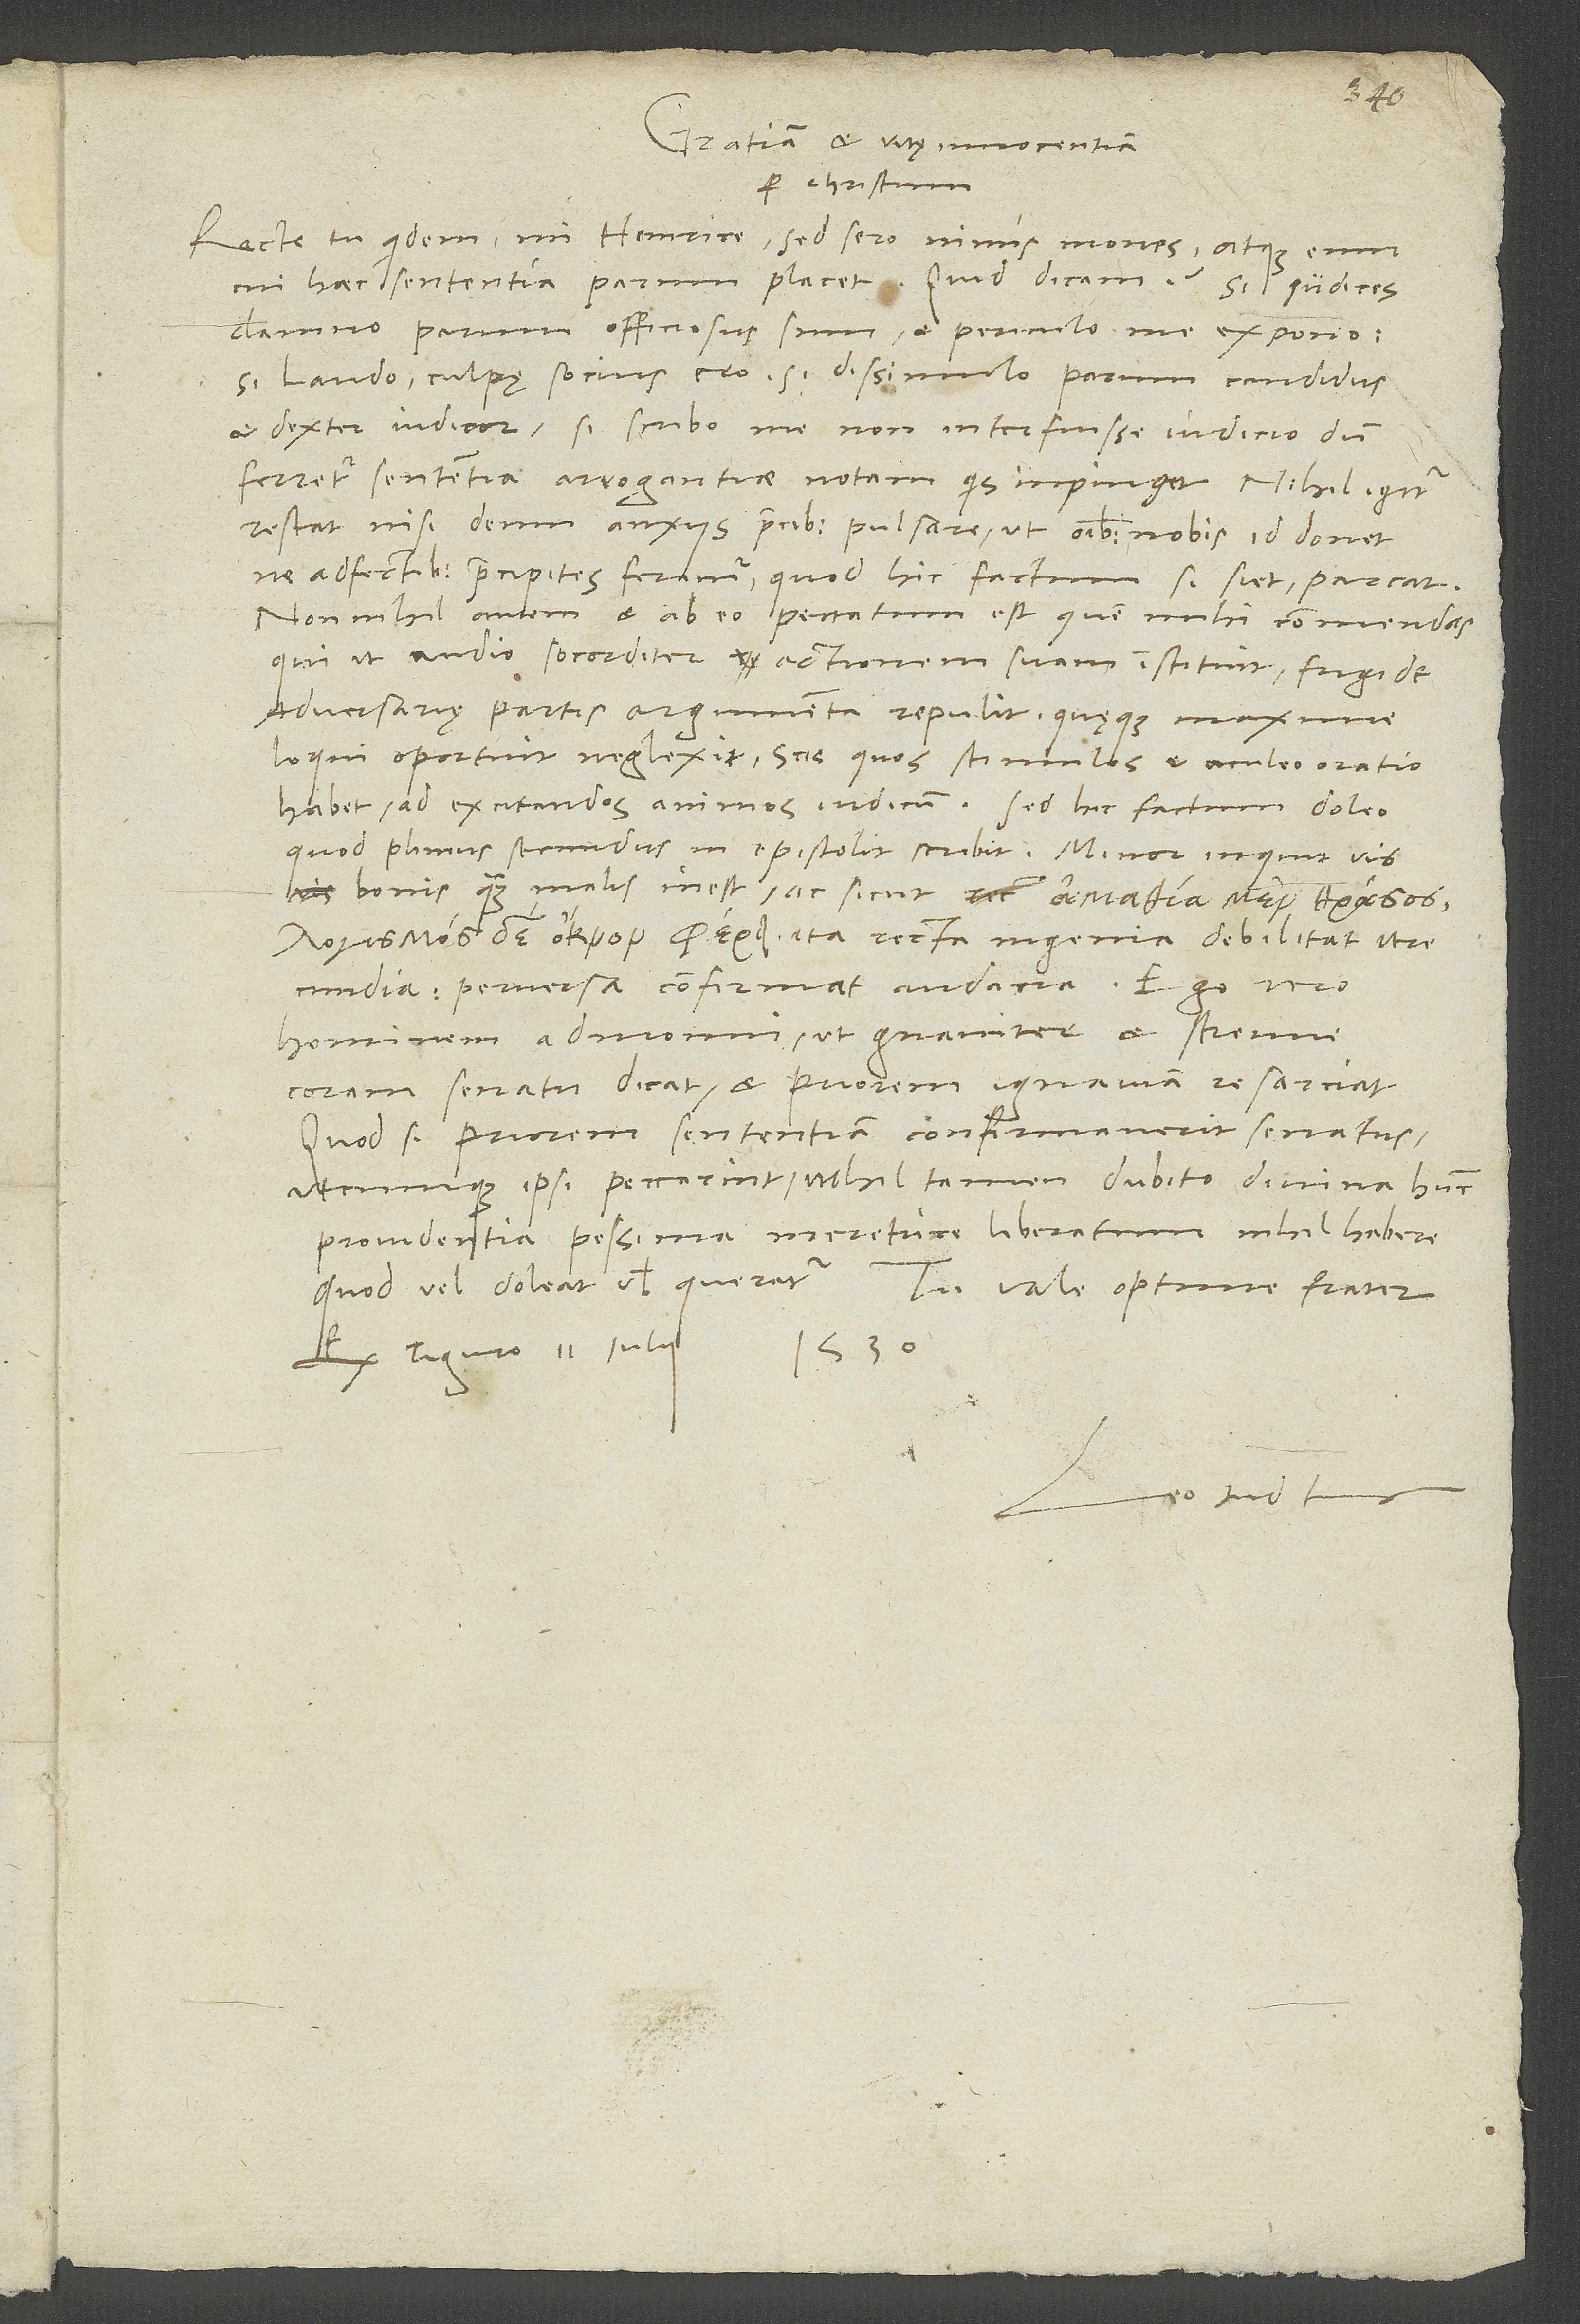
Gratiam et vitę innocentiam
per Christum.
Recte tu quidem, mi Heinrice, sed sero nimis mones atque eum,
cui haec sententia parum placet. Quid dicam? Si iudices
damno, parum officiosus sum et periculo me expono,
si laudo, culpę socius ero, si dissimulo, parum candidus
dexter iudicor, si scribo me non interfuisse iudicio, dum
ferretur sententia, arrogantiae notam quis inpinget. Nihil igitur
restat nisi deum anxiis precibus pulsare, ut omnibus nobis id donet,
adfectibus praecipites feramur, quod hic factum si siet, parcat.
Non nihil autem et ab eo peccatum est, quem mihi commendas,
adversarie partis argumenta repulit, quęque maxime
loqui oportuit, neglexit. Scis, quos stimulos et aculeo oratio
habet ad excitandos animos iudicum. Sed hic factum doleo,
verecundia, perversa confirmat audacia». Ego vero
coram senatu dicat et priorem ignaviam resarciat.
Quod si priorem sententiam confirmaverit senatus,
utcumque ipsi peccarint, nihil tamen dubito divina hunc
providentia pessima meretrice liberatum nihil habere,
Ex Tiguro, 11. iulii
1530.